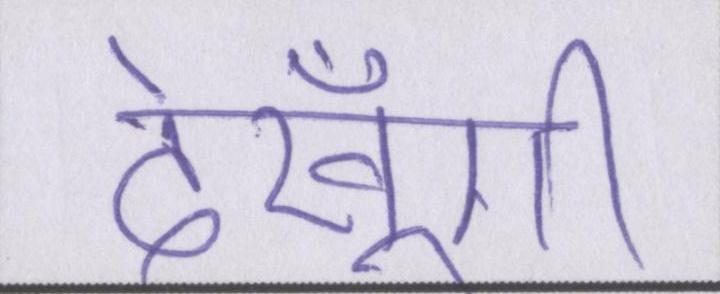
देखूँगी